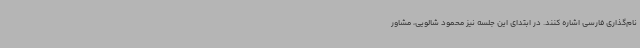
نام‌گذاری فارسی اشاره کنند. در ابتدای این جلسه نیز محمود شالویی، مشاور